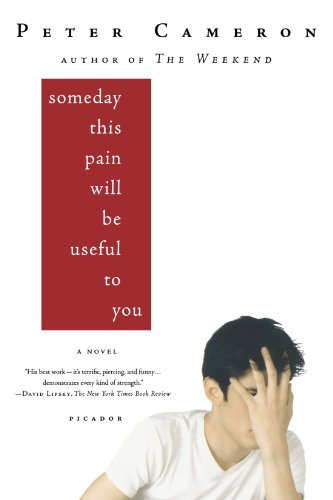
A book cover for Someday This Pain Will Be Useful to You: A Novel; Peter Cameron; Teen & Young Adult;